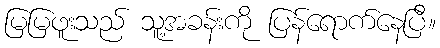
မြမြဖူးသည် သူ့အခန်းကို ပြန်ရောက်နေပြီ။